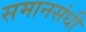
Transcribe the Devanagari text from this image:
समानसंधी